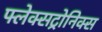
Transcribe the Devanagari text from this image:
फ्लेक्सट्रोनिक्स